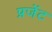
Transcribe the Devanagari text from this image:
प्रजेंट